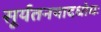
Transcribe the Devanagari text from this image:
सूर्यतनयादधोधः